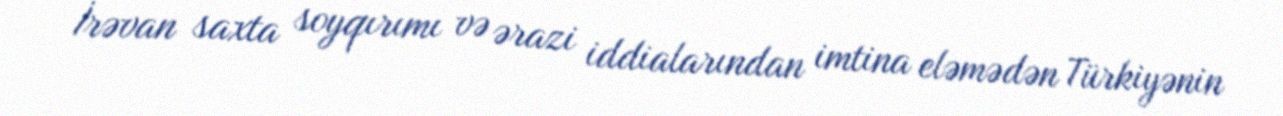
İrəvan saxta soyqırımı və ərazi iddialarından imtina eləmədən Türkiyənin